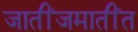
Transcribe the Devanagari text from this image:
जातींजमातींत